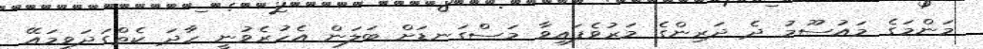
މަންމަގެ މައުސޫމު ދެ ދަރިންގެ މަރުވެފައިވާ މަސްގަނޑަށް ބަލަން އެހުރެވުނީ ހާދަ ކެތްގަދަވީމައޭ